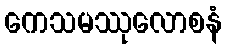
ကေသမဿုလောစနံ